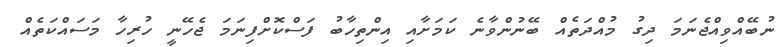
ނުބޭއްވިއްޖެނަމަ ދިގު މުއްދަތެއް ބޭނުންވާނެ ކަމަށާއި އިންތިހާބު ފަސްކޮށްފިނަމަ ޖެހޭނީ ހުރިހާ މަސައްކަތެއް